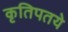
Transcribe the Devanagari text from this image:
कृतिपतये